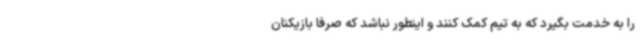
را به خدمت بگیرد که به تیم کمک کنند و اینطور نباشد که صرفا بازیکنان